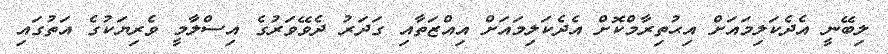
ލިބޭނީ އެދެކަލިމައަށް އިޙުތިރާމްކޮށް އެދެކަލިމައަށް އިއްޒަތާއި ގަދަރު ދެވޭވަރުގެ އިސްލާމީ ވެރިޔަކުގެ އަތުގައި